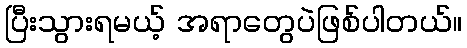
ပြီးသွားရမယ့် အရာတွေပဲဖြစ်ပါတယ်။